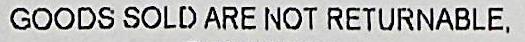
GOODS SOLD ARE NOT RETURNABLE,